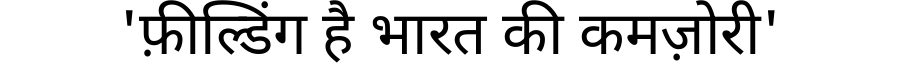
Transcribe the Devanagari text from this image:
'फ़ील्डिंग है भारत की कमज़ोरी'